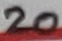
Text: 20